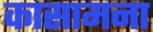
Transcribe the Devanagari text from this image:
कासामना